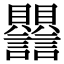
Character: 𧮣